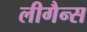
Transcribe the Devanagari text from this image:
लीगैन्स